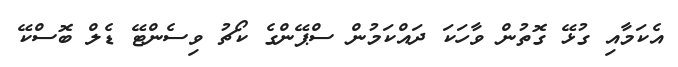
އެކަމާއި ގުޅޭ ގޮތުން ވާހަކަ ދައްކަމުން ސްޕޭންގެ ކޯޗު ވިސެންޓޭ ޑެލް ބޮސްކޭ